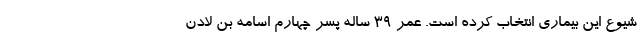
شیوع این بیماری انتخاب کرده است. عمر ۳۹ ساله پسر چهارم اسامه بن‌ لادن